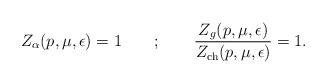
LaTeX: \begin{align*}Z_\alpha(p,\mu,\epsilon) = 1 \qquad ; \qquad\frac{Z_g(p,\mu,\epsilon)}{Z_{\rm ch}(p,\mu,\epsilon)} = 1.\end{align*}